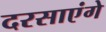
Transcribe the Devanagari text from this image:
दरसाएंगे